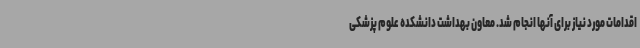
اقدامات مورد نیاز برای آنها انجام شد. معاون بهداشت دانشکده علوم پزشکی